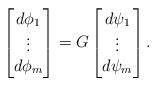
LaTeX: \begin{align*}\left[ \begin{matrix} d\phi _1\\ \vdots \\ d\phi _m\end{matrix}\right] = G\left[ \begin{matrix} d\psi _1 \\ \vdots \\ d\psi _m\end{matrix}\right].\end{align*}